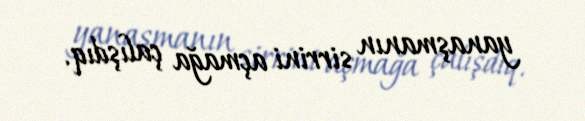
yanaşmanın sirrini açmağa çalışdıq.